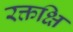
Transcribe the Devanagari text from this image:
रक्तक्षि